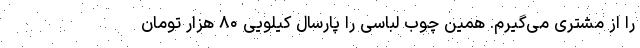
را از مشتری می‌گیرم. همین چوب لباسی را پارسال کیلویی ۸۰ هزار تومان